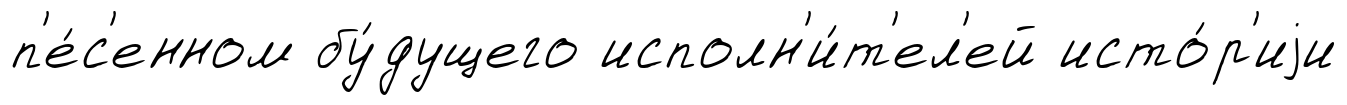
п'е́с'енном бу́дущего исполн'и́т'ел'ей исто́р'иjи